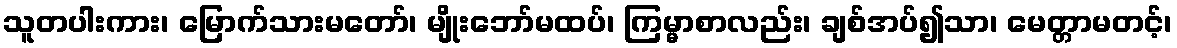
သူတပါးကား၊ မြောက်သားမတော်၊ မျိုးဘော်မထပ်၊ ကြမ္မာစာလည်း၊ ချစ်အပ်၍သာ၊ မေတ္တာမတင့်၊